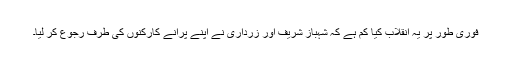
فوری طور پر یہ انقلاب کیا کم ہے کہ شہباز شریف اور زرداری نے اپنے پرانے کارکنوں کی طرف رجوع کر لیا۔